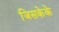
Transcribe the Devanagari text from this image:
जिसकेके